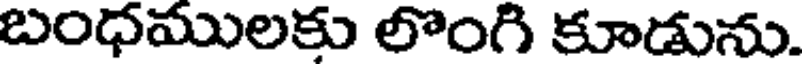
బంధములకు లొంగి కూడును.